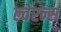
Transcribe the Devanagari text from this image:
ल्वेरन्स